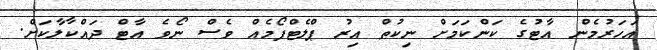
އަހަރުމެން އާޓުގެ ކަންކަމަށް ނިކުތް އިރު ޕްލެޓްފޯމެއް ވެސް ނޯވެ އާޓް ދައްކާލާކަށް.